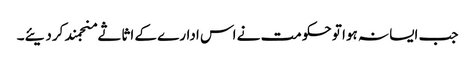
جب ایسا نہ ہوا تو حکومت نے اس ادارے کے اثاثے منجمند کردیئے۔